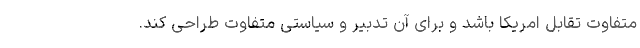
متفاوت تقابل امریکا باشد و برای آن تدبیر و سیاستی متفاوت طراحی کند.